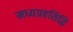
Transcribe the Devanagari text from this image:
मध्यग्रहसिद्धि